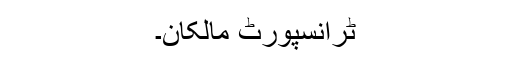
ٹرانسپورٹ مالکان۔